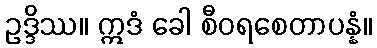
ဥဒ္ဒိဿ။ ဣဒံ ခေါ စီဝရစေတာပန္နံ။